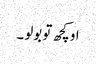
او کچھ تو بولو ۔